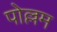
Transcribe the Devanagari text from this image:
पोल्लम